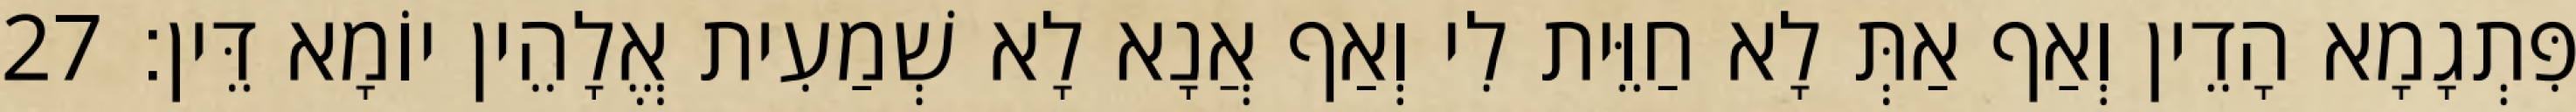
פִּתְגָמָא הָדֵין וְאַף אַתְּ לָא חַוֵּית לִי וְאַף אֲנָא לָא שְׁמַעִית אֱלָהֵין יוֹמָא דֵּין׃ 27